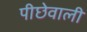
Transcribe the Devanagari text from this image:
पीछेवाली